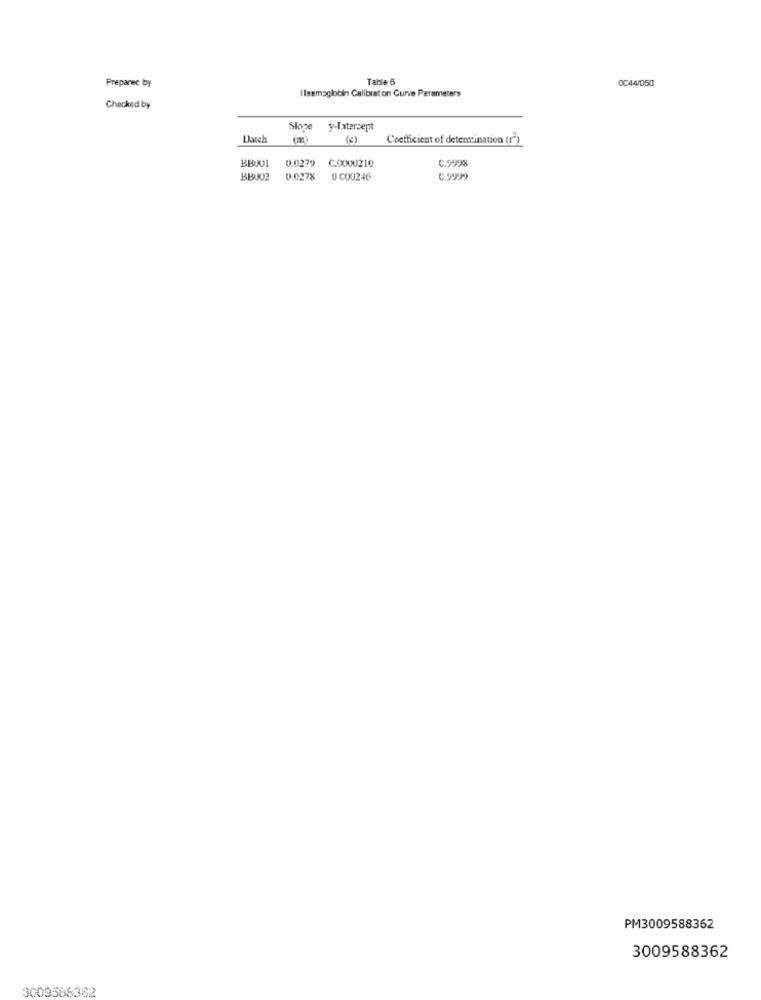
Preparec by
Table 6
0C44/050
Ilsemoglobin Calibraton Curve Parameters
Checked by
Słose
y-latersept
(€)
Coefficient of detemcination (r)
BBJO1
0.0279
C.0000210
C.9998
BBJ02
0.0278
0 C00246
C.9999
PM3009588362
3009588362
3009568362